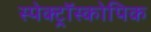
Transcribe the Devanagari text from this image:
स्पेक्ट्रॉस्कोपिक